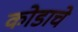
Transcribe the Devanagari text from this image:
कोडाचे